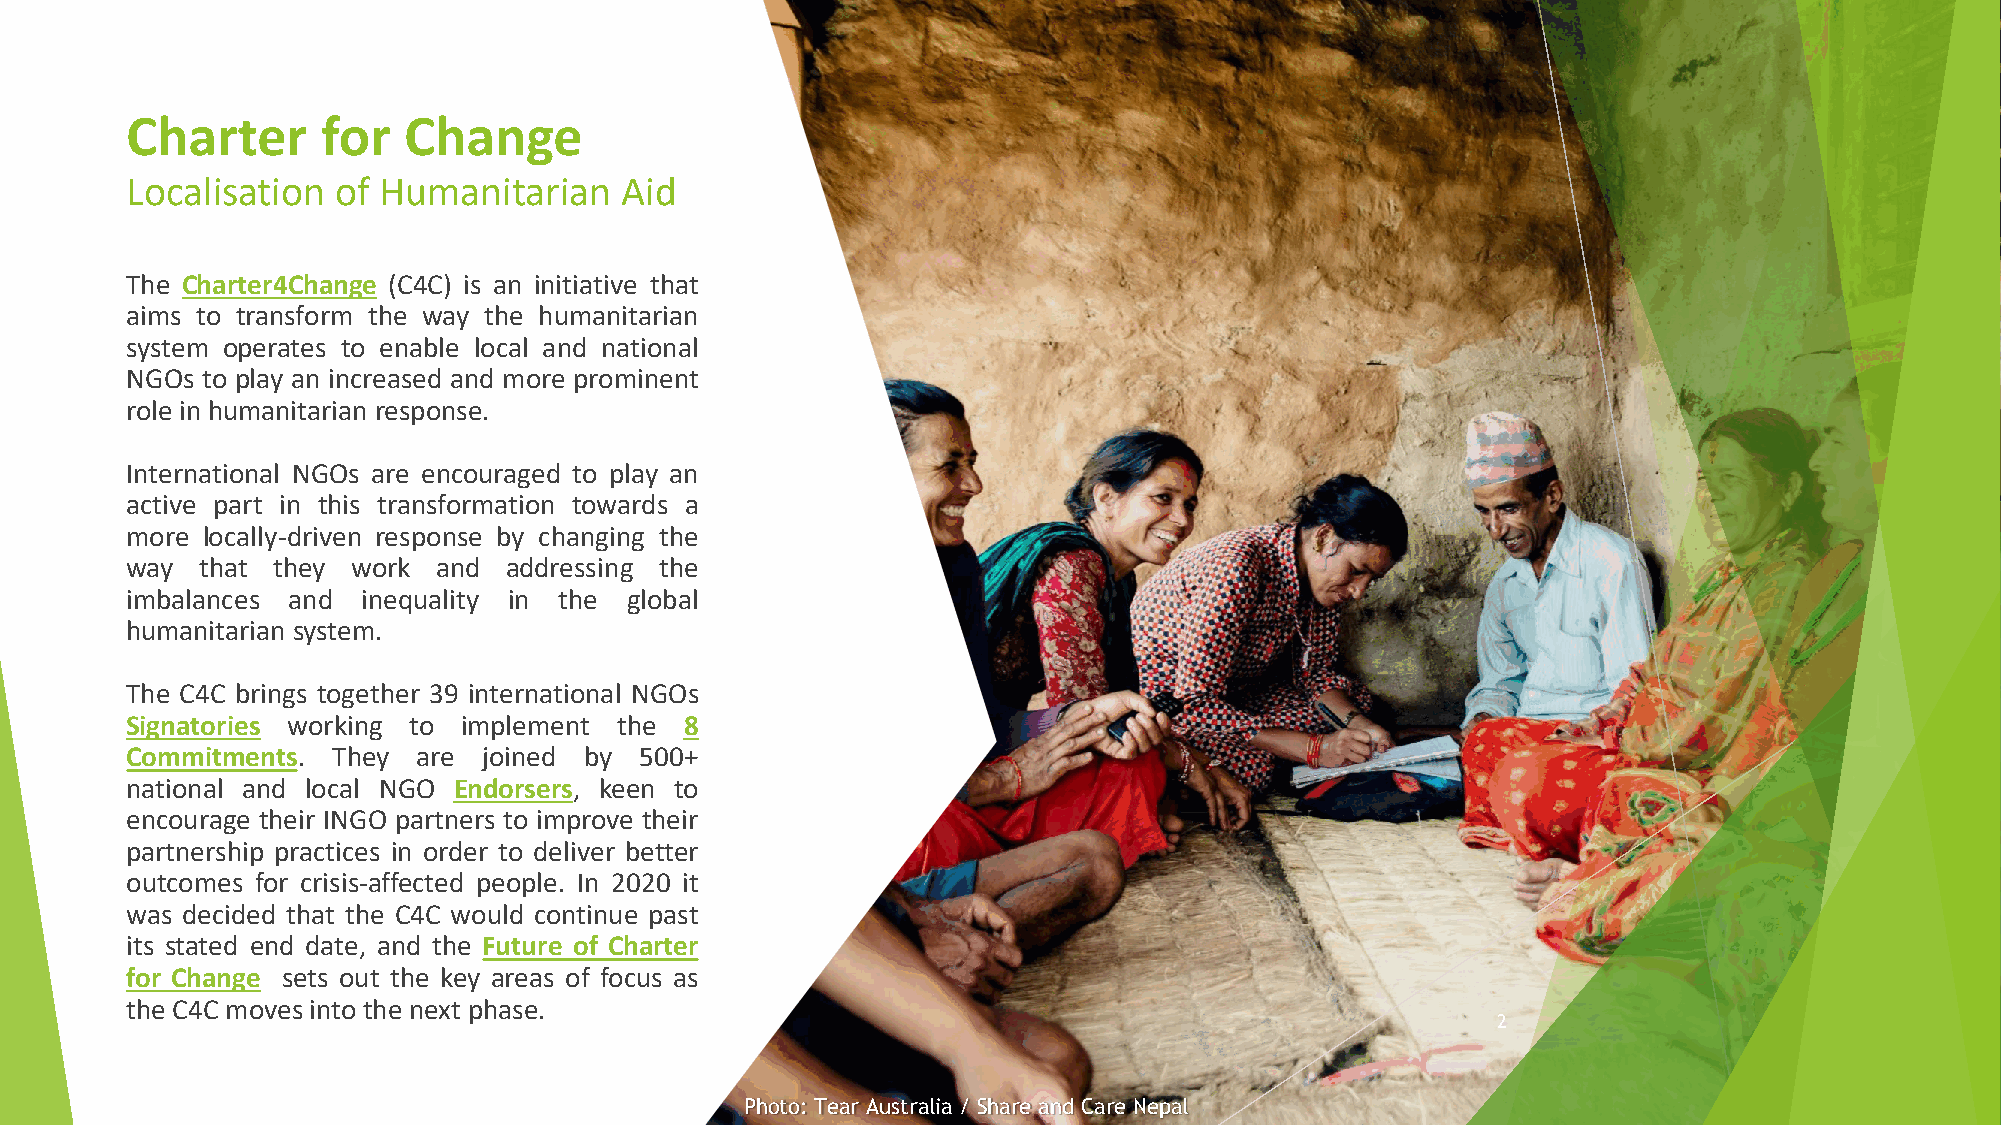
Charter      for   Change
 Localisation  of Humanitarian    Aid
 The Charter4Change (C4C) is an initiative that
 aims to transform the way the humanitarian
 system operates to enable local and national
 NGOs to play an increased and more prominent
 role in humanitarian response.
 International NGOs are encouraged to play an
 active part in this transformation towards a
 more locally-driven response by changing the
 way  that they work  and addressing the
 imbalances and  inequality in the global
 humanitarian system.
 The C4C brings together 39 international NGOs
 Signatories working to implement the 8
 Commitments.  They  are joined by 500+
 national and local NGO Endorsers, keen to
 encourage their INGO partners to improve their
 partnership practices in order to deliver better
 outcomes for crisis-affected people. In 2020 it
 was decided that the C4C would continue past
 its stated end date, and the Future of Charter
 for Change sets out the key areas of focus as
 the C4C moves into the next phase.
 2
 Photo: Tear Australia / Share and Care Nepal